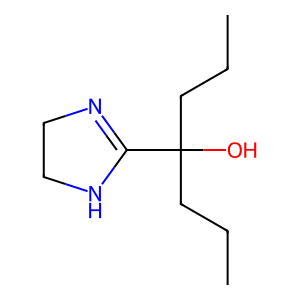
SMILES: CCCC(O)(CCC)C1=NCCN1
Inhibits HIV replication: No